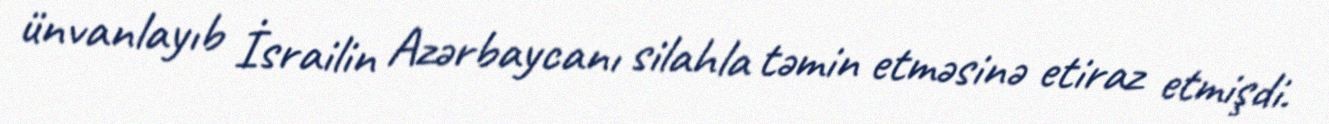
ünvanlayıb İsrailin Azərbaycanı silahla təmin etməsinə etiraz etmişdi.